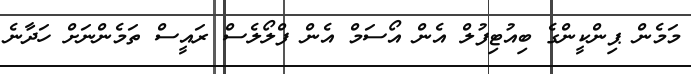
މަމެން ޕިންކީންގެ ބިއުޓިފުލް އެން އޯސަމް އެން ފްލޯލެސް ރައީސް ތަމެންނަށް ހަދާނެ